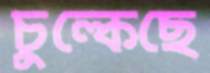
চুল্‌কেছে